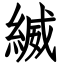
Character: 縅